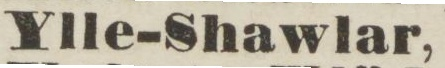
Ylle-Shawlar,